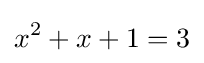
x^{2}+x+1=3